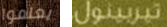
يعلموا تيربينول